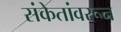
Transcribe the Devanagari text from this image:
संकेतांवरून